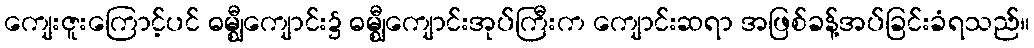
ကျေးဇူးကြောင့်ပင် ဓမ္ဈီကျောင်း၌ ဓမ္ဈီကျောင်းအုပ်ကြီးက ကျောင်းဆရာ အဖြစ်ခန့်အပ်ခြင်းခံရသည်။